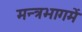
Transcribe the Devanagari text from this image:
मन्त्रभागमें